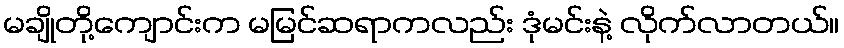
မချိုတို့ကျောင်းက မမြင်ဆရာကလည်း ဒုံမင်းနဲ့ လိုက်လာတယ်။